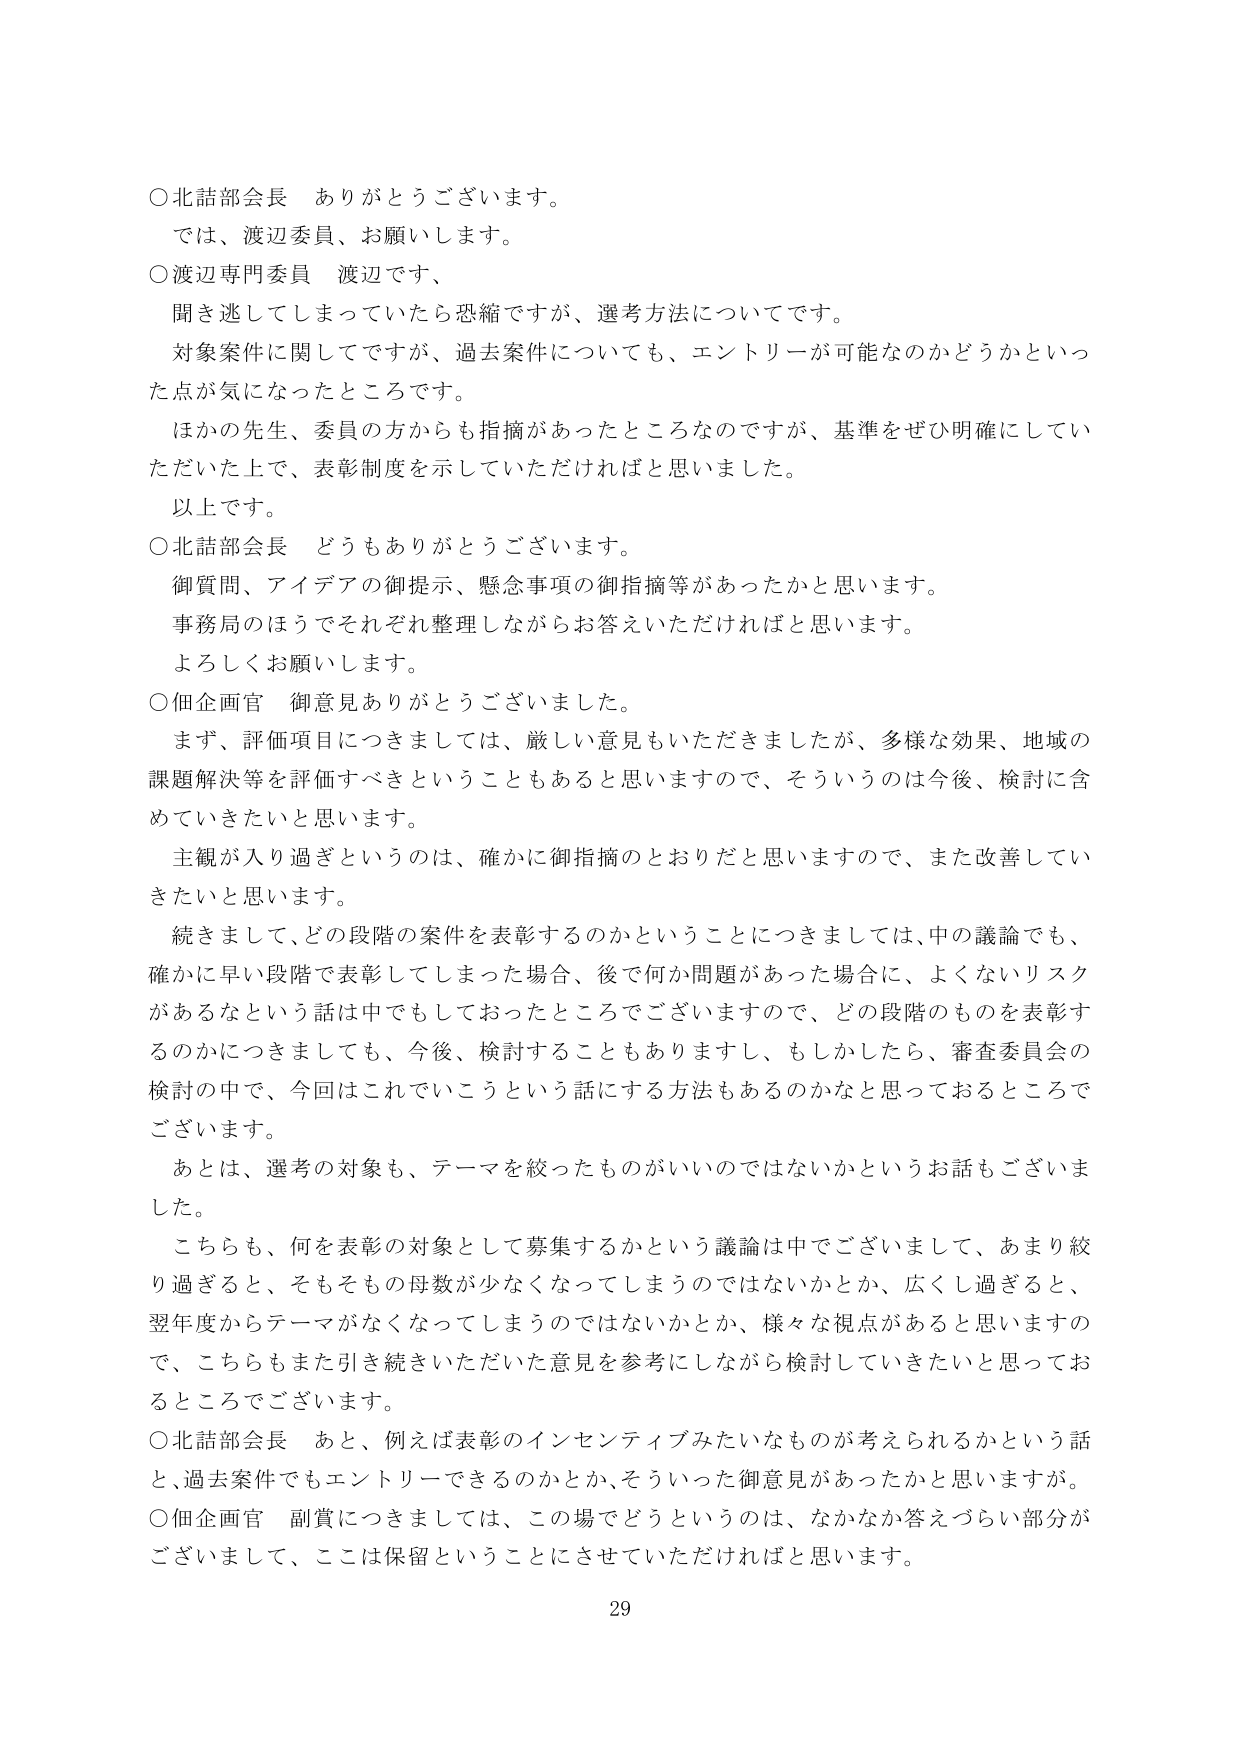
○北話部会長　ありがとうございます。
では、渡辺委員、お願いします。

○渡辺専門委員　渡辺です、
聞き逃してしまっていたら恐縮ですが、選考方法についてです。
対象案件に関してですが、過去案件についても、エントリーが可能なのかどうかといった点が気になったところです。
ほかの先生、委員の方からも指摘があったところなのですが、基準をぜひ明確にしていただきた上で、表彰制度を示していただければと思いました。
以上です。

○北話部会長　どうもありがとうございます。
御質問、アイデアの御提示、懸念事項の御指摘等があったかと思います。
事務局のほうでそれぞれ整理しながらお答えいただければと思います。
よろしくお願いします。

○個企画官　御意見ありがとうございました。
まず、評価項目につきましては、厳しい意見もいただきましたが、多様な効果、地域の課題解決等を評価すべきということもあると思いますので、そういうのは今後、検討に含めていきたいと思います。
主観が入り過ぎというのは、確かに御指摘のとおりだと思いますので、また改善していきたいと思います。
続きまして、どの段階の案件を表彰するのかということにつきましては、中の議論でも、確かに早い段階で表彰してしまった場合、後で何か問題があった場合に、よくないリスクがあるなという話は中でもしておったところでございますので、どの段階のものを表彰するのかにつきましても、今後、検討することもありますし、もしかしたら、審査委員会の検討の中で、今回はこれでいこうという話にする方法もあるのかなと思っておるところでございます。
あとは、選考の対象も、テーマを絞ったものがいいのではないかというお話もございました。
こちらも、何を表彰の対象として募集するかという議論は中でございまして、あまり絞り過ぎると、そもそもその母数が少なくなってしまうのではないかとか、広くし過ぎると、翌年度からテーマがなくなってしまうのではないかとか、様々な視点があると思いますので、こちらもまた引き続きいただいた意見を参考にしながら検討していきたいと思っておるところでございます。

○北話部会長　あと、例えば表彰のインセンティブみたいなものが考えられるかという話と、過去案件でもエントリーできるのかとか、そういった御意見があったかと思います。

○個企画官　副賞につきましては、この場でどうというのは、なかなか答えづらい部分がございまして、ここは保留ということにさせていただければと思います。

29